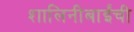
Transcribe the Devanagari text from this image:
शालिनीबाईंची